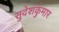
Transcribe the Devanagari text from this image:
सुदेशकुमार